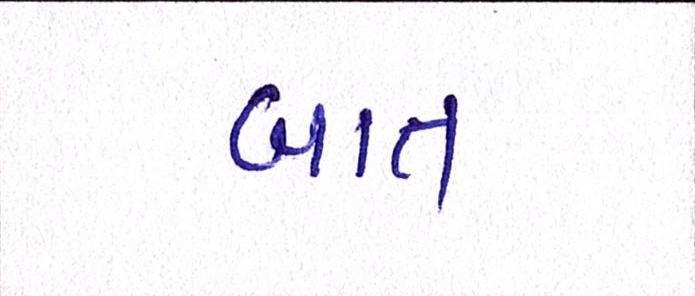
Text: બાત